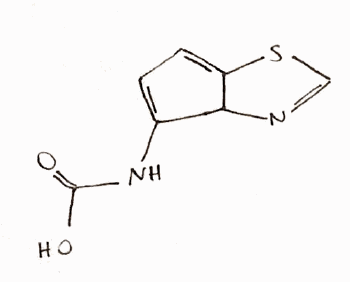
Simplified molecular-input line-entry system (SMILES) notation of the given molecule:
C1=C(C2C(=C1)SC=N2)NC(=O)O